Report on vaccination in the Province of Bengal - 1869-1873
Year: 1869
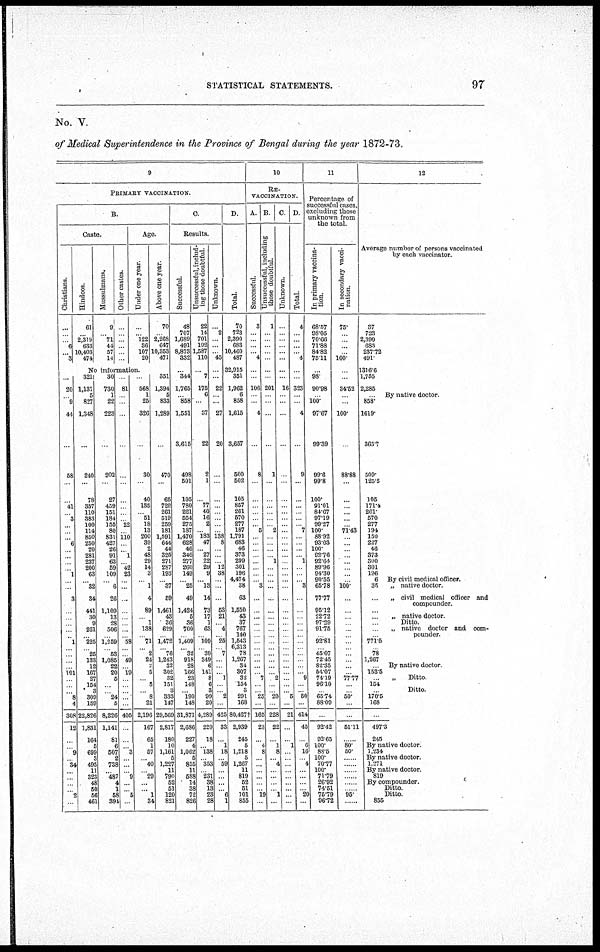
STATISTICAL STATEMENTS.
97
No. V.
of Medical Superintendence in the Province of Bengal during the year 1872-73.
9
PRIMARY VACCINATION.
B.
Caste.
Christians.
...
...
... 6
...
3
Hindoos.
61
... 2,319
633
10,403
474
Mussulmans.
9
... 71
44
57
14
Other castes.
...
...
...
...
...
...
Age.
Under one year.
...
... 122
36
107
20
No information.
...
20
... 9
44
...
58
...
...
41
... 3
...
...
... 6
...
...
...
... 1
...
...
3
... ...
...
...
... l
...
...
...
... 101
...
...
... 8
4
308
12
...
... 9
... 34
...
... ...
...
2
...
321
1,131
5
827
1,348
...
240
...
78
357
110 383
100
114
850
250
20
281
237
200
63
... 32
34
441
30
9
201
... 225
... 25
133
12
167
27
154
3
309
159
22,826
1,831
164
5
699
3
495
11
323
48
50
56
461
30
730
1
22
223
...
202
...
27
459
151
184
155
80
831
427
26
91
63
59
109
... 6
26
1,109
13
28
506
... 1,259
... 53
1,085
22
20
5
...
... 24
5
8,226
1,141
81
6
507
2
738
... 487
4
1
58
394
...
81
...
...
...
...
...
...
...
...
...
... 22
... 110
...
... 1
... 42
23
...
...
...
... ...
...
...
... 59
...
... 49
... 19
...
...
...
...
...
405
...
...
... 3
...
...
... 9
...
...
5 ...
...
568
1
25
326
...
30
...
40
135
... 51
18
13
200
39
2
48
29
14
3
... 1
4
89
... 1
138
...
71
... 2
24
... 5
... 3
... 8
21
2,196
167
65
1
57
... 40
... 29
...
...
1
34
Above one year.
70
... 2,268
647
10,353
471
...
351
1,394
5
833
1,289
...
470
...
65
722
261
519
259
181
1,591
644
44
325
271
287
193
... 37
59
1,461
43
36
629
... 1,472
... 76
1,243
32
302 32
151
3
333
147
29,569
2,817
180
10
1,161
... 1,227
11
790
52
51
120
821
C
Results.
Successful.
48
707
1,689
491
8,873
332
...
344
1,765
... 858
1,551
3,615
498
501
105
780
221
554
275
187
1,470
628
46
346
277
260
149
... 25
49
1,424
5
36
700
... 1,409
... 32
918
28
166 23
148
... 190
148
31,871
2,686
227
4 1,062
5
855
11
588
14
38
72
826
Unsuccessful, includ-
ing those doubtful.
22
14
701
192
1,587
110
...
7
175
6
...
37
22
2
1
...
77
40
16
2
... 183
47
... 27
22
29
9
... l8
14
73
17
1
63
... l09
... 39
349
6
141
8
6
3
99
20
4,289
220
18
... 138
5
353
... 231
38
18
23
28
Unknown.
...
2
...
...
... 45
...
...
22
...
...
27
20
...
...
...
...
...
...
...
... 138
8
...
...
... 12
38
...
...
...
53
21
... 4
... 25
... 7
...
...
... 1
...
... 2
...
425
33
...
1 18
... 59
...
...
...
...
6
1
D
Total.
70
723
2,390
683
10,460
487
32,915
351
1,962
6
858
1,615
3,657
500
502
105
857
261
570
277
187
1,791
683
46
373
299
301
196
4,474
38
63
1,550
43
37
767
140
1,543
6,313 78
1,267
34
307
32
154
3
291
168
80,427†
2,939
245
5
1,218
5
1,267
11
819
52
51
101
855
10
RE¬
VACCINATION.
A.
Successful
3
...
...
...
... 4
...
...
106
...
...
4
...
8
...
...
...
...
...
... 5
...
...
...
...
...
...
...
... 8
...
... ...
...
...
...
...
...
...
...
...
...
...
...
... 25
...
165
23
...
4
8
...
...
... ...
...
...
19
...
B.
Unsuccessful, including
those doubtful.
1
...
...
...
...
...
...
...
201
...
...
...
...
1
...
...
...
...
...
... 2
...
...
...
... 1
...
...
...
...
...
... ...
...
...
...
...
...
...
...
...
...
7
...
... 2
...
228
22
...
1
8
...
4
... ...
...
...
1
...
C
Unknown.
...
...
...
...
...
...
...
...
16
...
...
...
...
...
...
...
...
...
...
...
...
...
...
...
...
...
...
...
...
...
...
...
...
...
...
...
...
...
...
...
...
... 2
...
... 5
...
21
...
...
1
...
...
...
... ...
...
...
...
...
D.
Total.
4
...
...
...
... 4
...
...
323
...
...
4
...
9
...
...
...
...
...
... 7
...
...
...
... 1
...
...
... 3
...
... ...
...
...
...
...
...
...
...
...
... 9
...
... 50
...
414
45
...
6
16
...
4
... ...
...
...
20
...
11
Percentage of
successful cases,
excluding those
unknown from
the total
In primary vaccina-
tion.
68.57
98.05
70.66
71.88
84.82
75.11
...
98
90.98
... 100.
97.67
99.39
99.6
99.8
100.
91.01
84.67
97.19
99.27
100.
88.92
93.03
100.
92.76
92.64
89.96
94.30
90.55
65.78
77.77
95.12
22.72
97.29
91.76
... 92.81
... 45.07
72.45
82.35
54.07
74.19
96.10
... 65.74
88.09
...
92.42
92.65
100
88.5
100.
70.77
100.
71.79
26.92
74.51
75.79
96.72
In secondary vacci-
nation.
75.
...
...
...
... 100.
...
...
34.52
...
...
100.
...
88.88
...
...
...
...
...
... 71.43
...
...
...
...
...
...
...
... 100.
...
... ...
...
...
...
...
...
...
...
...
... 77.77
...
... 50.
...
...
51.11
...
80
50
...
...
... ...
...
...
95
...
12
Average number of persons vaccinated
by each vaccinator.
37
723
2,390
683
237.72
491.
1316.6
1,755
2,285
... By native doctor
868.
1619.
365.7
509
125.5
105
171.4
261.
570
277
194
150
227
46
373
300
301
196
6
By civil medical officer.
35
„ native doctor
... „ civil medical officer and
compounder.
...
... „ native doctor.
... Ditto.
... „ native doctor and com-
...
pounder
771.5
... 78
1,267
... By native doctor
153.5
... Ditto
154
... Ditto.
170.5
168
...
497.3
245
By native doctor
1,234
By native doctor.
1,271
By native doctor.
819
By compounder.
Ditto.
Ditto
855